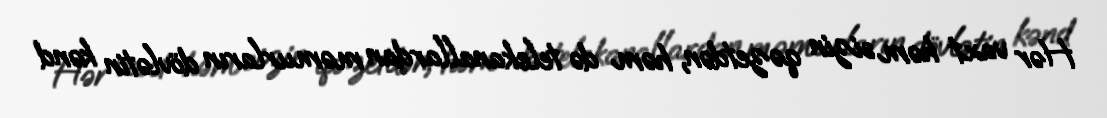
Hər vaxt həm sizin qəzetdən, həm də telekanallardan məmurların dövlətin kənd